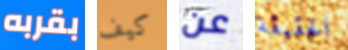
بقربه كيف عن الحقيقة